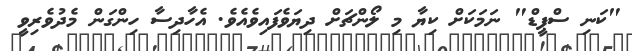
"ކަނި ސްޕީޑް" ނަމަކަށް ކިޔާ މި ލޯންޗަށް ދިޔަވެފައިވެއެވެ. އެހާދިސާ ހިންގަން މެދުވެރިވީ